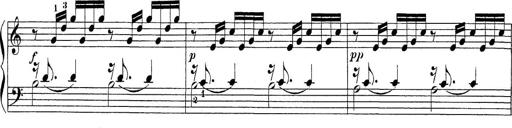
Title: Sonatina Album
Composer: Louis KÃ¶hler